Vaccination North-Western Provinces and Oudh 1896-1901 - 1896-1901
Year: 1896
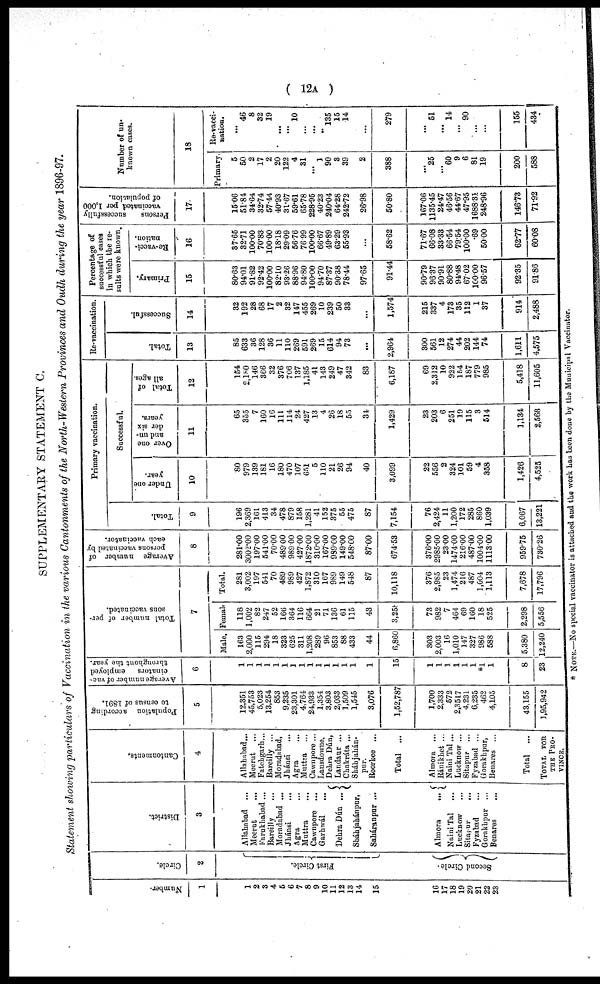
( 12A )
SUPPLEMENTARY STATEMENT C.
Statement showing particulars of Vaccination in the various Cantonments of the North-Western Provinces and Oudh during the year 1896-97.
Number.
1
1
2
3
4
5
6
7
8
9
10
11
12
13
14
15
16
17
18
19
20
21
22
23
Circle.
2
First Circle.
Second Circle.
District.
3
Allahabad ...
Meerut ...
Farukhabad ...
Bareilly ...
Moradabad ...
Jhánsi
...
Agra ...
Muttra ...
Cawnpore ...
Garhwál
...
Dehra Dún
...
Sháhjahánpur,
Saháranpur ...
Almora
...
Naini Tal ...
Lucknow ...
Sitapur
...
Fyzabad ...
Gorakhpur ...
Benares ...
Cantonments.
4
Allahabad...
Meerut ...
Fatehgarh...
Bareilly ...
Moradabad,
Jhánsi ...
Agra ...
Muttra ...
Cawnpore ...
Lansdowne,
Dehra Dún,
Landaur ...
Chakráta ...
Sháhjahán-
pur.
Roorkee ...
Total ...
Almora ...
Ránikhet ...
Naini Tal ...
Lucknow ...
Sitapur ...
Fyzabad ...
Gorakhpur,
Benares ...
Total ...
TOTAL FOR
THE PRO-
-----.
Population according
to census of 1891.
5
12,351
45,753
5,023
13,254
853
9,235
23,301
4,764
24,933
1,354
3,803
2,033
1,509
1,545
3,076
1,52,787
1,700
2,333
572
2,3517
4,231
6,235
462
4,105
43,155
1,95,942
Average number of vac-
cinators
employed
throughout the year.
6
1
1
1
1
1
1
1
1
1
1
1
1
1
1
1
15
1
1
1
1
1
1
*1
1
8
23
Total number of per-
sons vaccinated.
7
Male.
163
2,000
115
294
18
323
625
311
1,208
289
96
853
88
433
44
6,860
303
2,003
16
1,010
147
327
986
588
5,380
12,240
Female.
118
1,002
82
247
52
166
364
116
664
21
71
136
61
115
43
3,258
73
982
7
464
69
160
18
525
2,298
5,556
Total.
281
3,002
197
541
70
489
989
427
1,872
310
167
989
149
548
87
10,118
376
2,985
23
1,474
216
487
1,004
1,113
7,678
17,796
Average number of
persons vaccinated by
each vaccinator.
8
281.00
3002.00
197.00
541.00
70.00
489.00
989.00
427.00
1872.00
310.00
167.00
989.00
149.00
548.00
87.00
674.53
376.00
2985.00
23.00
1474.00
216.00
487.00
1004.00
1113.00
959.75
730.26
Primary vaccination.
Total.
9
196
2,369
161
413
34
478
879
158
1,281
41
152
375
55
475
87
7,154
76
2,424
11
1,200
172
285
860
1,039
6,067
13,221
Successful.
Under one
year.
10
80
979
139
181
16
180
470
107
651
5
110
21
26
94
40
3,099
22
556
2
324
101
59
4
358
1,426
4,525
Over one
and un-
der six
years.
11
65
355
7
160
16
111
114
24
427
13
4
26
18
55
34
1,429
23
203
6
251
19
115
3
514
1,134
2,566
Total of
all ages.
12
154
2,180
146
366
32
376
706
137
1,185
41
143
249
47
342
83
6,187
69
2,312
10
922
154
187
779
985
5,418
11,605
Re-vaccination.
Total.
13
85
633
36
128
36
11
110
269
591
269
15
614
94
73
...
2,964
300
561
12
274
44
202
144
74
1,611
4,575
Successful.
14
32
192
28
68
17
2
32
147
455
269
10
239
50
33
...
1,574
215
337
4
173
35
112
1
37
914
2,488
Percentage of
successful cases
in which the re-
sults were known.
Primary.
15
80.63
94.01
91.82
92.42
100.00
82.10
93.26
88.96
94.80
100.00
94.70
87.37
90.38
78.44
97.65
91.44
90.79
96.37
90.91
80.88
94.48
67.02
100.00
96.57
92.35
91.86
Re-vacci-
nation.
16
37.65
32.71
100.00
70.83
100.00
18.18
29.09
56.76
76.99
100.00
66.67
49.89
63.29
55.93
...
58.62
71.67
66.08
33.33
66.54
79.54
100.00
.69
50.00
62.77
60.08
Persons
successfully
vaccinated per 1,000
of population.
17
15.06
51.84
34.64
32.74
57.44
40.93
31.67
59.61
65.78
228.95
40.23
240.04
64.28
242.72
26.98
50.80
167.06
1135.45
24.47
46.56
44.67
47.95
1688.31
248.96
146.73
71.92
Number of un-
known cases.
18
Primary.
5
50
2
17
2
20
122
4
31
...
1
90
3
39
2
388
...
25
...
60
9
6
81
19
200
588
Re-vacci-
nation.
...
46
8
32
19
...
...
10
...
...
...
135
15
14
...
279
...
51
...
14
...
90
...
...
155
434
* NOTE.—No special vaccinator is attached and the work has been done by the Municipal Vaccinator.